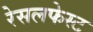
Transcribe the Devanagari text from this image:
रेसलफेस्ट